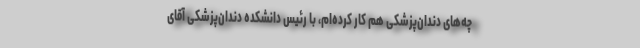
چه‌های دندان‌پزشکی هم کار کرده‌ام، با رئیس دانشکده دندان‌پزشکی آقای